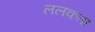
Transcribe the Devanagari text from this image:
ललकता